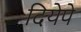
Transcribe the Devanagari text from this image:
दियेपे